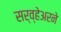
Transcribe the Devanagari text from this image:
सर्व्हेअरने